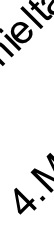
4 l